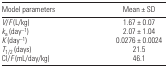
| Model parameters | Mean ± SD |
 | --- | --- |
 | V/F (L/kg) | 1.67 ± 0.07 |
 | ka (day−1) | 2.07 ± 1.04 |
 | K (day−1) | 0.0276 ± 0.0024 |
 | T1/2 (days) | 21.5 |
 | Cl/F (mL/day/kg) | 46.1 |